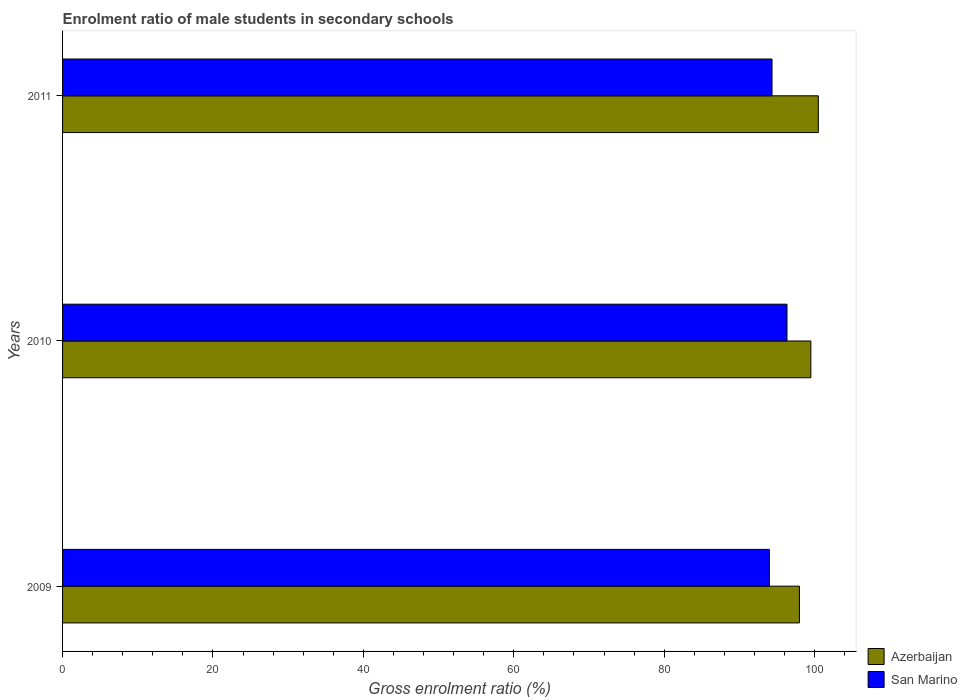
| Years | Azerbaijan | San Marino |
 | --- | --- | --- |
 | 2009 | 98 | 94 |
 | 2010 | 99.5 | 96.3 |
 | 2011 | 100 | 94.3 |